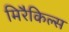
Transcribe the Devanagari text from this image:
मिरैकिल्स